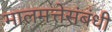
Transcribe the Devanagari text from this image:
मालमत्तेसंबंधी